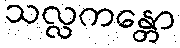
သလ္လကန္တော